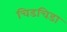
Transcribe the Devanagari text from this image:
चिडचिडा